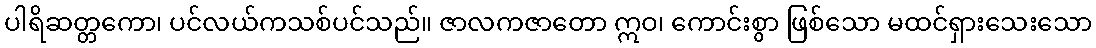
ပါရိဆတ္တကော၊ ပင်လယ်ကသစ်ပင်သည်။ ဇာလကဇာတော ဣဝ၊ ကောင်းစွာ ဖြစ်သော မထင်ရှားသေးသော